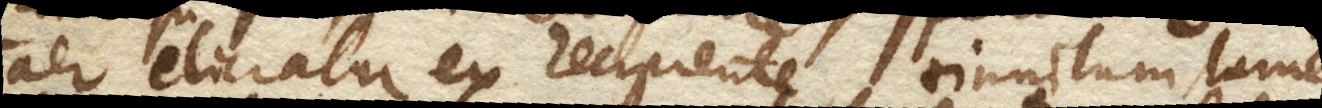
aer eliciatur ex recipiente, tinnitum, tamen